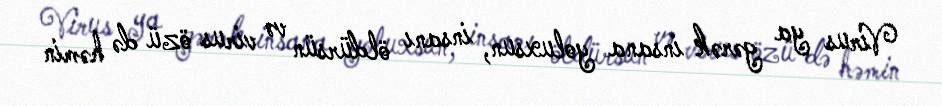
Virus ya gərək insana yoluxsun, insanı öldürsün və virus özü də həmin